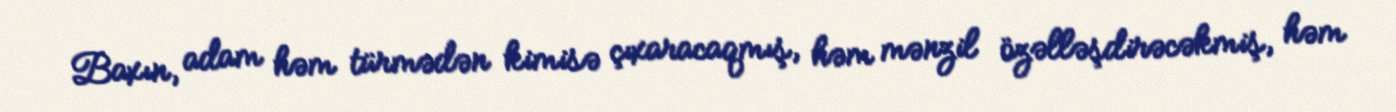
Baxın, adam həm türmədən kimisə çıxaracaqmış, həm mənzil özəlləşdirəcəkmiş, həm